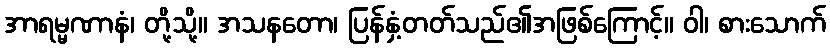
အာရမ္မဏာနံ၊ တို့သို့။ အသနတော၊ ပြန်နှံ့တတ်သည်၏အဖြစ်ကြောင့်။ ဝါ၊ စားသောက်